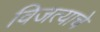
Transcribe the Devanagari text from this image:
विजत्याचे